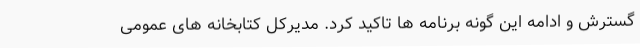
گسترش و ادامه این گونه برنامه ها تاکید کرد. مدیرکل کتابخانه های عمومی